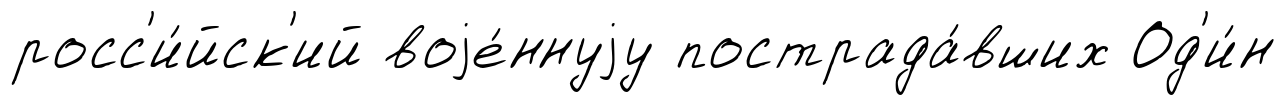
росс'и́йск'ий воjе́ннуjу пострада́вших Од'и́н